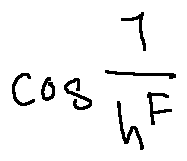
\cos \frac { 7 } { h ^ { F } }